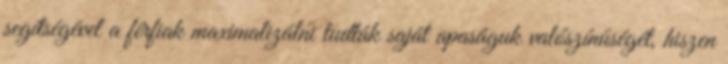
segítségével a férﬁak maximalizálni tudták saját apaságuk valószínűségét, hiszen